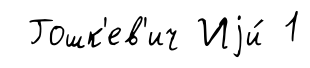
Гошк'ев'ич Иjи́ 1